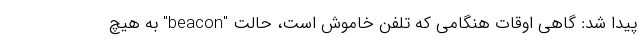
پیدا شد: گاهی اوقات هنگامی که تلفن خاموش است، حالت "beacon" به هیچ